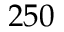
2 5 0